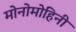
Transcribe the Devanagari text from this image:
मोनोमोहिनी